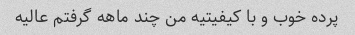
پرده خوب و با کیفیتیه من چند ماهه گرفتم عالیه